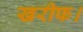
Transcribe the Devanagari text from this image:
खरीफ।